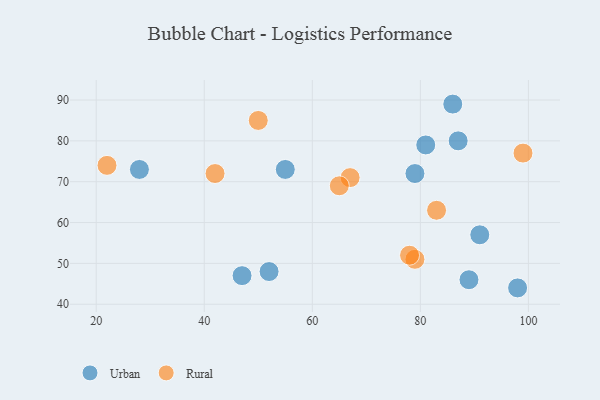
{"axis": {"x": "GDP", "y": "Life Expectancy"}, "legend": ["Rural", "Urban"], "data": [{"x": "87", "y": 80, "type": "Urban"}, {"x": "55", "y": 73, "type": "Urban"}, {"x": "47", "y": 47, "type": "Urban"}, {"x": "81", "y": 79, "type": "Urban"}, {"x": "98", "y": 44, "type": "Urban"}, {"x": "86", "y": 89, "type": "Urban"}, {"x": "79", "y": 72, "type": "Urban"}, {"x": "91", "y": 57, "type": "Urban"}, {"x": "28", "y": 73, "type": "Urban"}, {"x": "52", "y": 48, "type": "Urban"}, {"x": "89", "y": 46, "type": "Urban"}, {"x": "22", "y": 74, "type": "Rural"}, {"x": "67", "y": 71, "type": "Rural"}, {"x": "65", "y": 69, "type": "Rural"}, {"x": "79", "y": 51, "type": "Rural"}, {"x": "83", "y": 63, "type": "Rural"}, {"x": "50", "y": 85, "type": "Rural"}, {"x": "78", "y": 52, "type": "Rural"}, {"x": "42", "y": 72, "type": "Rural"}, {"x": "99", "y": 77, "type": "Rural"}]}